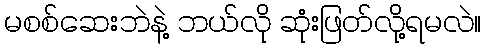
မစစ်ဆေးဘဲနဲ့ ဘယ်လို ဆုံးဖြတ်လို့ရမလဲ။